Anatomy and histology of ticks - Number 23
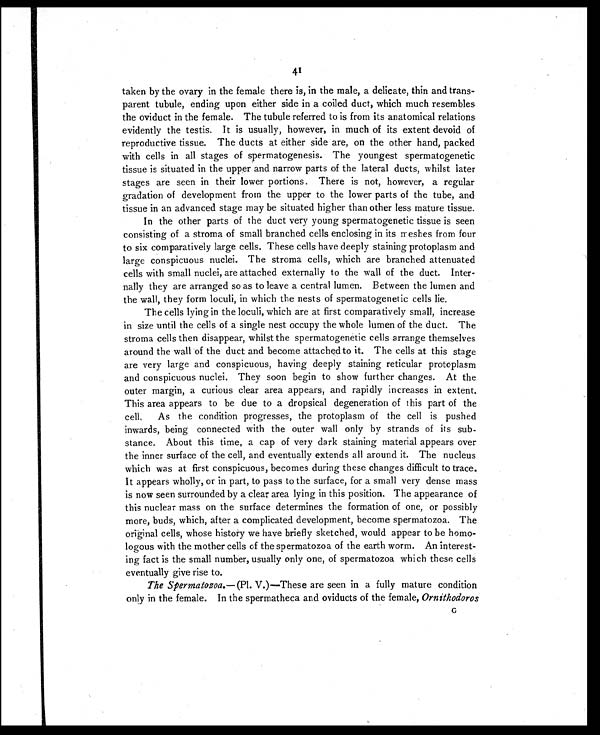
41
taken by the ovary in the female there is, in the male, a delicate, thin and trans-
parent tubule, ending upon either side in a coiled duct, which much resembles
the oviduct in the female. The tubule referred to is from its anatomical relations
evidently the testis. It is usually, however, in much of its extent devoid of
reproductive tissue. The ducts at either side are, on the other hand, packed
with cells in all stages of spermatogenesis. The youngest spermatogenetic
tissue is situated in the upper and narrow parts of the lateral ducts, whilst later
stages are seen in their lower portions. There is not, however, a regular
gradation of development from the upper to the lower parts of the tube, and
tissue in an advanced stage may be situated higher than other less mature tissue.
In the other parts of the duct very young spermatogenetic tissue is seen
consisting of a stroma of small branched cells enclosing in its meshes from four
to six comparatively large cells. These cells have deeply staining protoplasm and
large conspicuous nuclei. The stroma cells, which are branched attenuated
cells with small nuclei, are attached externally to the wall of the duct. Inter-
nally they are arranged so as to leave a central lumen. Between the lumen and
the wall, they form loculi, in which the nests of spermatogenetic cells lie.
The cells lying in the loculi, which are at first comparatively small, increase
in size until the cells of a single nest occupy the whole lumen of the duct. The
stroma cells then disappear, whilst the spermatogenetic cells arrange themselves
around the wall of the duct and become attached to it. The cells at this stage
are very large and conspicuous, having deeply staining reticular protoplasm
and conspicuous nuclei. They soon begin to show further changes. At the
outer margin, a curious clear area appears, and rapidly increases in extent.
This area appears to be due to a dropsical degeneration of this part of the
cell. As the condition progresses, the protoplasm of the cell is pushed
inwards, being connected with the outer wall only by strands of its sub-
stance. About this time, a cap of very dark staining material appears over
the inner surface of the cell, and eventually extends all around it. The nucleus
which was at first conspicuous, becomes during these changes difficult to trace.
It appears wholly, or in part, to pass to the surface, for a small very dense mass
is now seen surrounded by a clear area lying in this position. The appearance of
this nuclear mass on the surface determines the formation of one, or possibly
more, buds, which, after a complicated development, become spermatozoa. The
original cells, whose history we have briefly sketched, would appear to be homo-
logous with the mother cells of the spermatozoa of the earth worm. An interest-
ing fact is the small number, usually only one, of spermatozoa which these cells
eventually give rise to.
The Spermatozoa. —(Pl. V.)—These are seen in a fully mature condition
only in the female. In the spermatheca and oviducts of the female, Ornithodoros
G